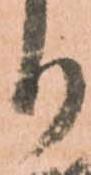
り